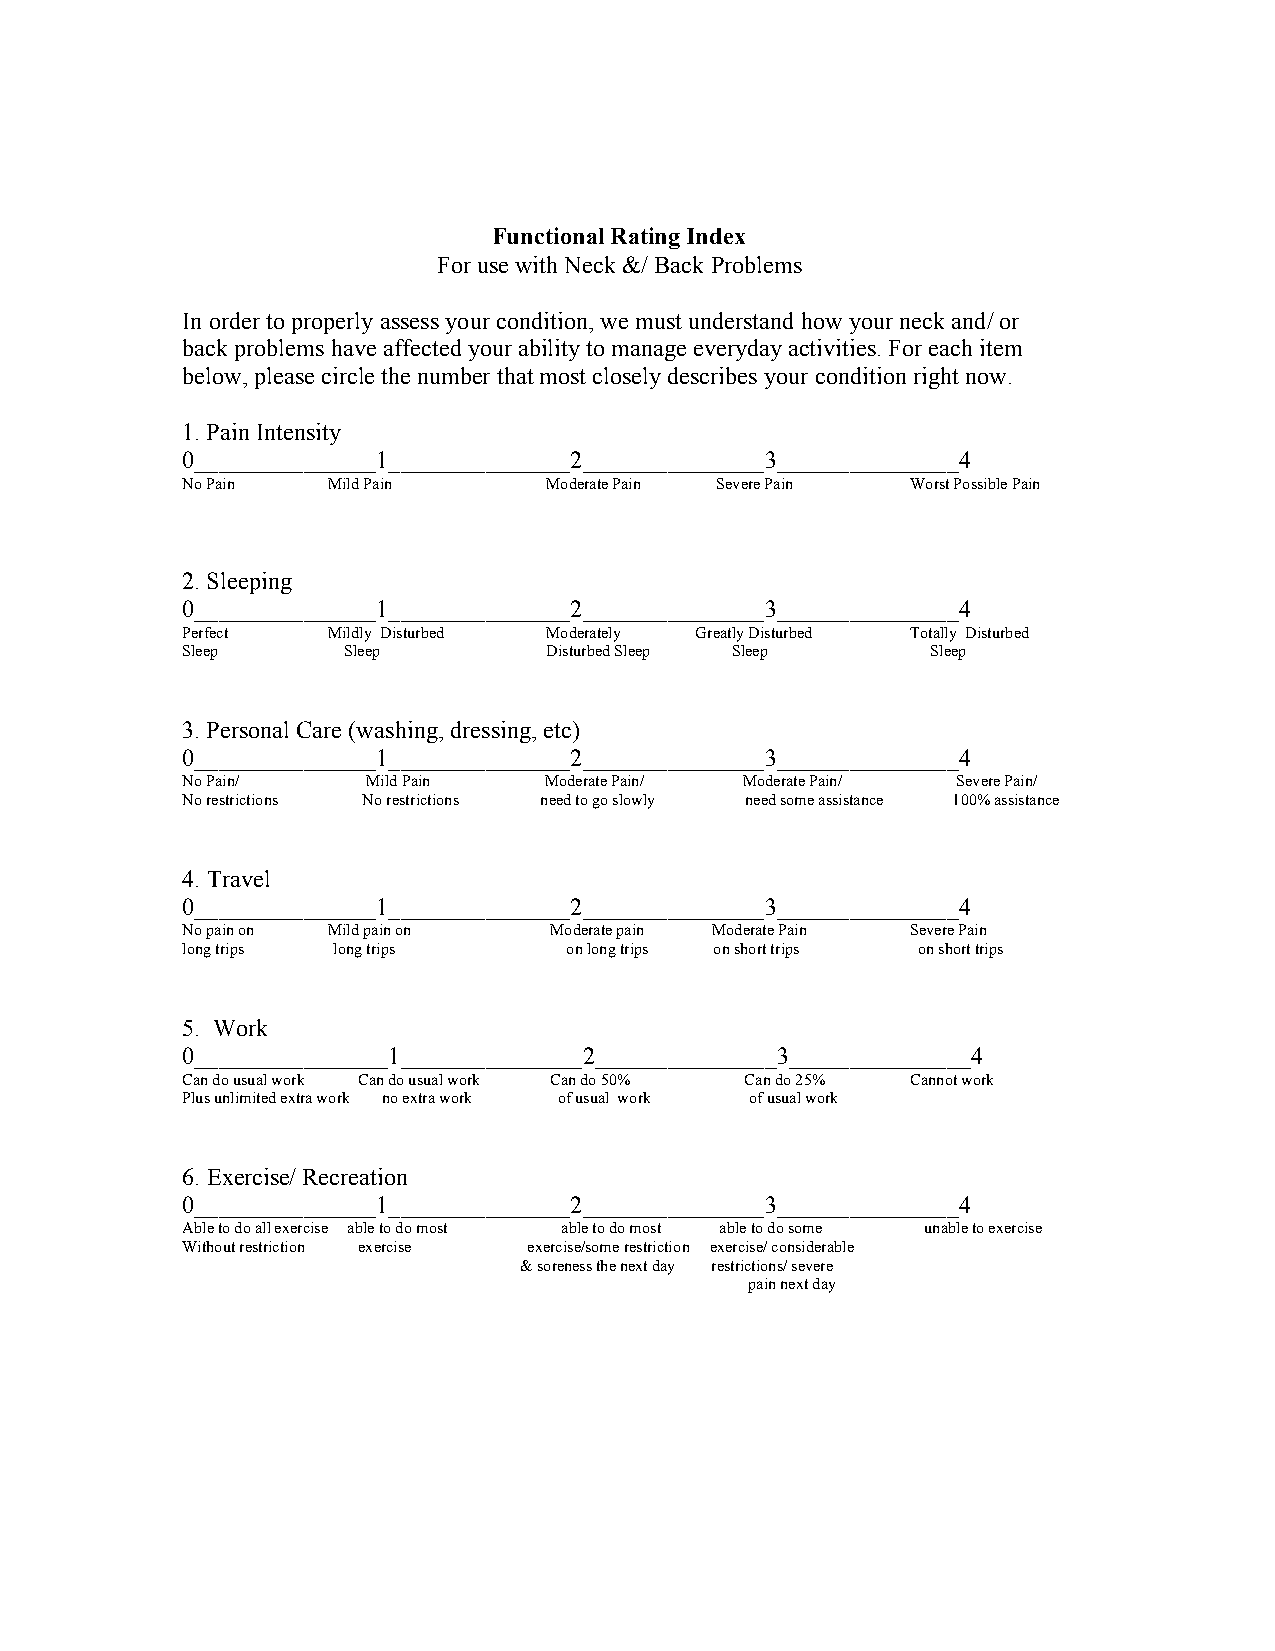
Functional Rating Index
 For use with Neck &/ Back Problems
 In order to properly assess your condition, we must understand how your neck and/ or
 back problems have affected your ability to manage everyday activities. For each item
 below, please circle the number that most closely describes your condition right now.
 1. Pain Intensity
 0_______________1_______________2_______________3_______________4
 No Pain   Mild Pain     Moderate Pain Severe Pain Worst Possible Pain
 2. Sleeping
 0_______________1_______________2_______________3_______________4
 Perfect   Mildly Disturbed Moderately Greatly Disturbed Totally Disturbed
 Sleep      Sleep        Disturbed Sleep Sleep     Sleep
 3. Personal Care (washing, dressing, etc)
 0_______________1_______________2_______________3_______________4
 No Pain/    Mild Pain   Moderate Pain/ Moderate Pain/ Severe Pain /
 No restrictions No restrictions need to go slowly need some assistance 100% assistance
 4. Travel
 0_______________1_______________2_______________3_______________4
 No pain on Mild pain on Moderate pain Moderate Pain Severe Pain
 long trips long trips    on long trips on short trips on short trips
 5. Work
 0________________1_______________2_______________3_______________4
 Can do usual work Can do usual work Can do 50% Can do 25% Cannot work
 Plus unlimited extra work no extra work of usual work of usual work
 6. Exercise/ Recreation
 0_______________1_______________2_______________3_______________4
 Able to do all exercise able to do most able to do most able to do some unable to exercise
 Without restriction exercise exercise/some restriction exercise/ considerable
 & soreness the next day restrictions/ severe
 pain next day